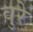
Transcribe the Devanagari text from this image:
वुरे